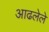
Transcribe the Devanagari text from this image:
आढलेले